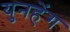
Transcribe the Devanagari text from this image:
युनहेंग